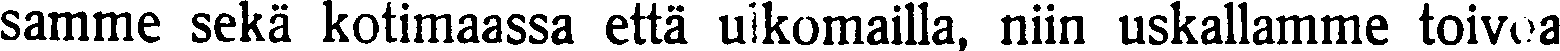
samme sekä kotimaassa että ulkomailla, niin uskallamme toivoa